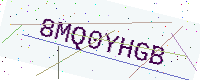
Text: 8MQ0YHGB